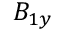
B _ { 1 y }